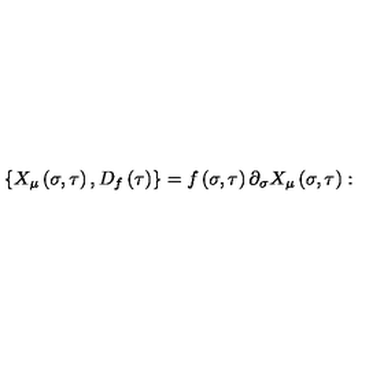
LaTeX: \left\{ X _ { \mu } \left( \sigma , \tau \right) , D _ { f } \left( \tau \right) \right\} = f \left( \sigma , \tau \right) \partial _ { \sigma } X _ { \mu } \left( \sigma , \tau \right) :